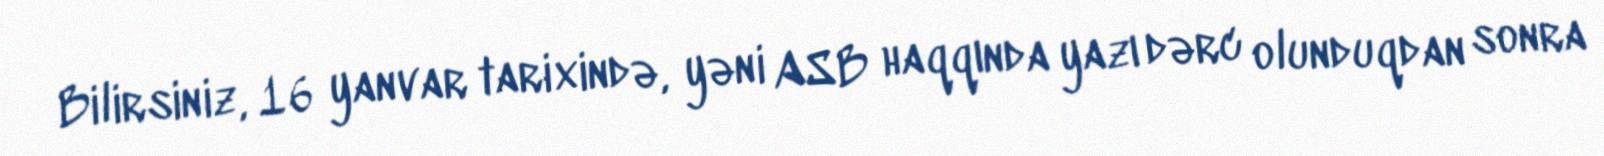
Bilirsiniz, 16 yanvar tarixində, yəni ASB haqqında yazı dərc olunduqdan sonra